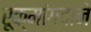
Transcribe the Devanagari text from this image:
रूक्मांगदाने